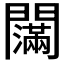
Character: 𰿤